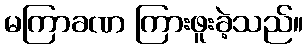
မကြာခဏ ကြားဖူးခဲ့သည်။